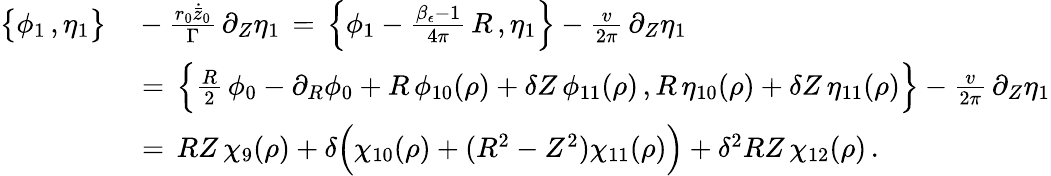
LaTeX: \begin{array}{rl}{\bigl\{ \phi_{1}\, ,\eta_{1}\bigr\} }&{{}-\frac{r_{0}\dot{\bar{z}}_{0}}{\Gamma}\, \partial_{Z}\eta_{1}\, =\, \Bigl\{ \phi_{1}-\frac{\beta_{\epsilon}-1}{4\pi}\, R\, ,\eta_{1}\Bigr\} -\frac{v}{2\pi}\, \partial_{Z}\eta_{1}}\\ {\, }&{{}=\, \Bigl\{ \frac{R}{2}\, \phi_{0}-\partial_{R}\phi_{0}+R\, \phi_{10}(\rho)+\delta Z\, \phi_{11}(\rho)\, ,R\, \eta_{10}(\rho)+\delta Z\, \eta_{11}(\rho)\Bigr\} -\frac{v}{2\pi}\, \partial_{Z}\eta_{1}}\\ {\, }&{{}=\, RZ\, \chi_{9}(\rho)+\delta\Bigl(\chi_{10}(\rho)+(R^{2}-Z^{2})\chi_{11}(\rho)\Bigr)+\delta^{2}RZ\, \chi_{12}(\rho)\, .}\end{array}